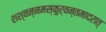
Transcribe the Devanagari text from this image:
शश्वन्नमस्कुर्वन्तमादरात्